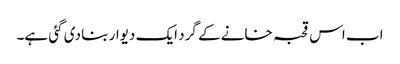
اب اس قحبہ خانے کے گرد ایک دیوار بنا دی گئی ہے۔